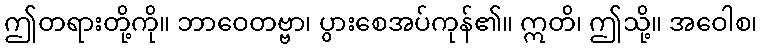
ဤတရားတို့ကို။ ဘာဝေတဗ္ဗာ၊ ပွားစေအပ်ကုန်၏။ ဣတိ၊ ဤသို့။ အဝေါစ၊